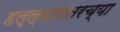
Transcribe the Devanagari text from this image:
हल्ल्यांनंतरच्या